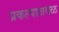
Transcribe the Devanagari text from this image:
प्रकल्पाजवळ